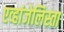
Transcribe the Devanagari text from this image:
एव्हांजेलिस्ता